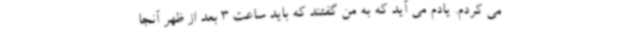
می کردم. یادم می آید که به من گفتند که باید ساعت 3 بعد از ظهر آنجا